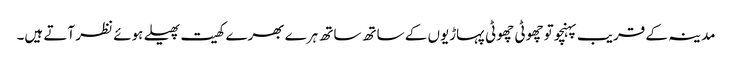
مدینہ کے قریب پہنچو تو چھوٹی چھوٹی پہاڑیوں کے ساتھ ساتھ ہرے بھرے کھیت پھیلے ہوئے نظر آتے ہیں۔